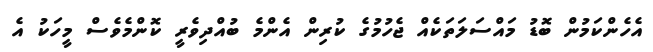
އެހެންކަމުން ބޮޑު މައްސަލަތަކެއް ޖެހުމުގެ ކުރިން އެންމެ ބުއްދިވެރީ ކޮންމެވެސް މީހަކު އެ